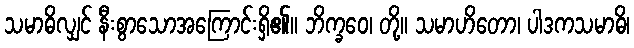
သမာဓိလျှင် နီးစွာသောအကြောင်းရှိ၏။ ဘိက္ခဝေ၊ တို့။ သမာဟိတော၊ ပါဒကသမာဓိ၊